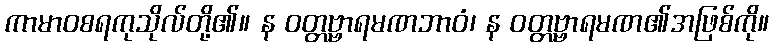
ကာမာဝစရကုသိုလ်တို့၏။ န ဝတ္တဗ္ဗာရမဏဘာဝံ၊ န ဝတ္တဗ္ဗာရမဏ၏အဖြစ်ကို။